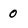
Character: 0